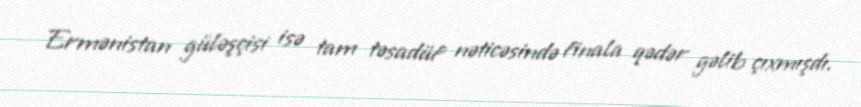
Ermənistan güləşçisi isə tam təsadüf nəticəsində finala qədər gəlib çıxmışdı.